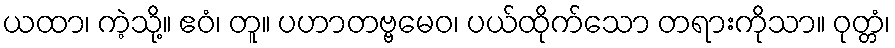
ယထာ၊ ကဲ့သို့။ ဧဝံ၊ တူ။ ပဟာတဗ္ဗမေဝ၊ ပယ်ထိုက်သော တရားကိုသာ။ ဝုတ္တံ၊